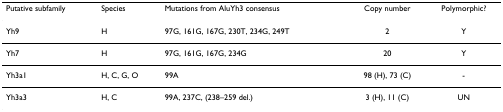
<table><thead><tr><td><b>Putative subfamily</b></td><td><b>Species</b></td><td><b>Mutations from AluYh3 consensus</b></td><td><b>Copy number</b></td><td><b>Polymorphic?</b></td></tr></thead><tbody><tr><td>Yh9</td><td>H</td><td>97G, 161G, 167G, 230T, 234G, 249T</td><td>2</td><td>Y</td></tr><tr><td>Yh7</td><td>H</td><td>97G, 161G, 167G, 234G</td><td>20</td><td>Y</td></tr><tr><td>Yh3a1</td><td>H, C, G, O</td><td>99A</td><td>98 (H), 73 (C)</td><td>-</td></tr><tr><td>Yh3a3</td><td>H, C</td><td>99A, 237C, (238–259 del.)</td><td>3 (H), 11 (C)</td><td>UN</td></tr></tbody></table>